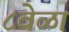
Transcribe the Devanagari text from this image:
८वेळा